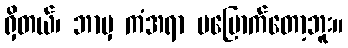
ရှိတယ်၊ ဘာမှ ကံအရာ မမြောက်တော့ဘူး။